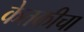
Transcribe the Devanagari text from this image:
केतकीचा